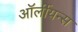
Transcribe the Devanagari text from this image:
ऑर्लीयन्स